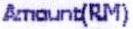
AMOUNT(RM)